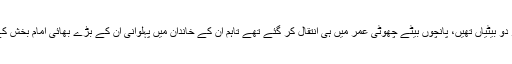
‘ ان کے بقول گاما پہلوان کی دو بیویاں تھیں جن میں سے ان کے پانچ بیٹے اور دو بیٹیاں تھیں، پانچوں بیٹے چھوٹی عمر میں ہی انتقال کر گئے تھے تاہم ان کے خاندان میں پہلوانی ان کے بڑے بھائی امام بخش کے توسط سے جاری رہی جن کی اولاد میں بھولو برادران پہلوانوں نے نام کمایا۔